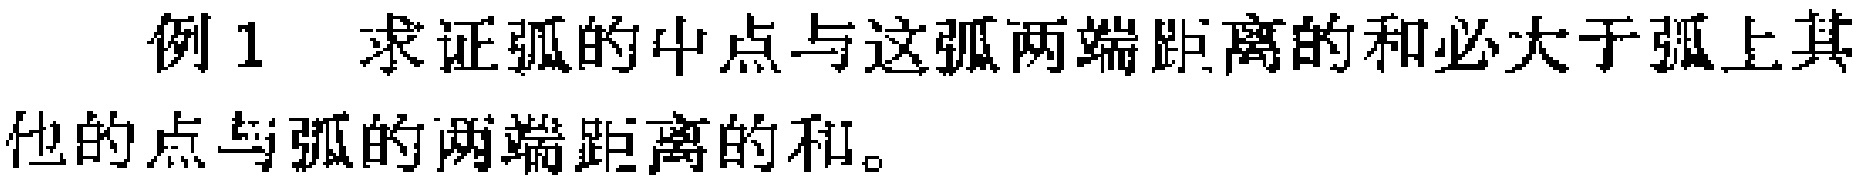
例1 求证弧的中点与这弧两端距离的和必大于弧上其他的点与弧的两端距离的和。